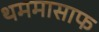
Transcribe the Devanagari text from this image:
थममासाफ